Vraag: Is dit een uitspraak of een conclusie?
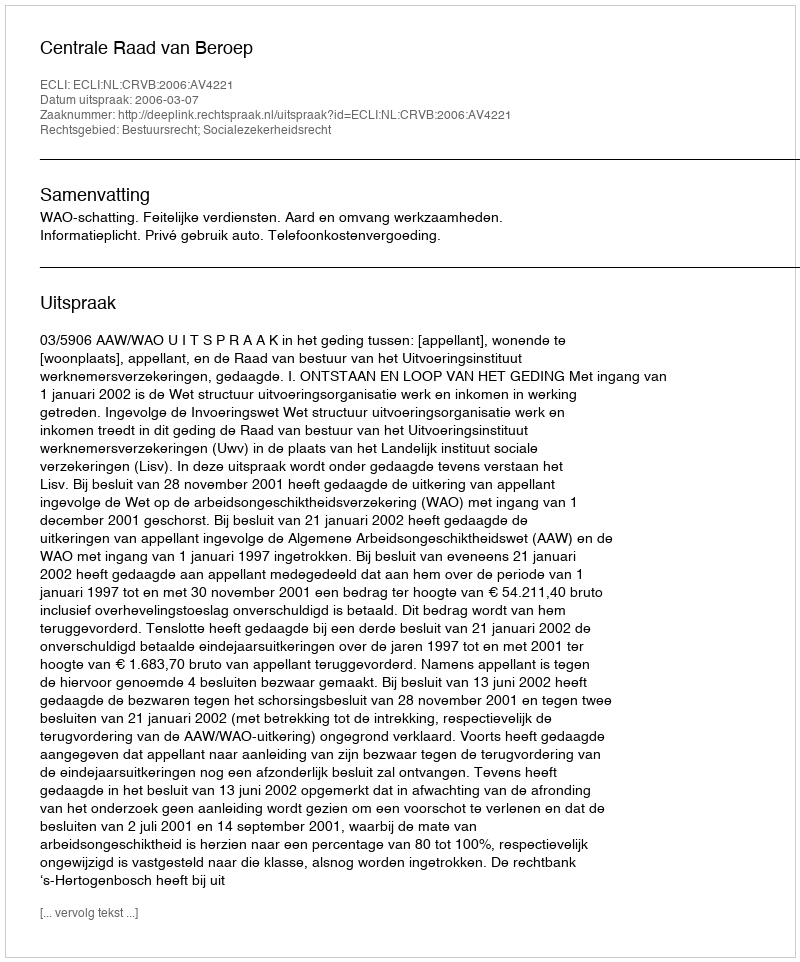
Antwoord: Uitspraak